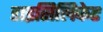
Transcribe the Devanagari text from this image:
डाइसिलिकेट